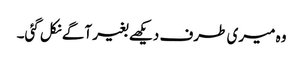
وہ میری طرف دیکھے بغیر آگے نکل گئی۔